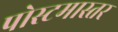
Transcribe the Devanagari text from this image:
पोस्टमास्तर